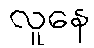
လူနေ